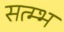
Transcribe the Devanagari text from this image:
सत्म्भ